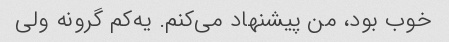
خوب بود، من پیشنهاد می‌کنم. یه‌کم گرونه ولی